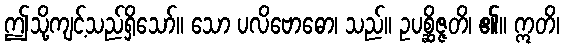
ဤသို့ကျင့်သည်ရှိသော်။ သော ပလိဗောဓော၊ သည်။ ဥပစ္ဆိဇ္ဇတိ၊ ၏။ ဣတိ၊